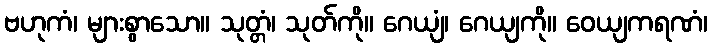
ဗဟုကံ၊ များစွာသော။ သုတ္တံ၊ သုတ်ကို။ ဂေယျံ၊ ဂေယျကို။ ဝေယျကရဏံ၊